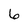
Character: 6